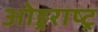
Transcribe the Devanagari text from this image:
ओड्रराष्ट्र